Subject: cs
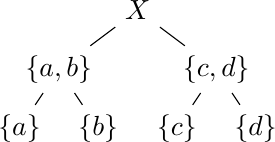
LaTeX code:
\begin{tikzpicture}[scale=0.5] % Adjust the scale as needed
\node  {$X$}
[
level 1/.style = {sibling distance = 4cm},
level 2/.style = {sibling distance = 2cm}
]
    child {node {$\{a,b\}$}
        child{ node {$\{a\}$}}
        child{ node {$\{b\}$}}}
    child {node {$\{ c,d\}$}
        child{ node {$\{c\}$}}
        child{ node {$\{d\}$}}}
;
\end{tikzpicture}